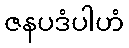
ဇနပဒံပါဟံ